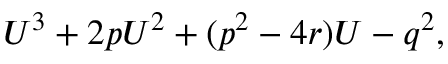
U ^ { 3 } + 2 p U ^ { 2 } + ( p ^ { 2 } - 4 r ) U - q ^ { 2 } ,